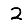
Digit: 2